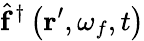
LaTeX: \hat{\mathbf{f}}^{\dagger}\left(\mathbf{r}^{\prime},\omega_{f},t\right)